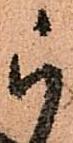
被